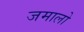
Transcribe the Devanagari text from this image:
जमालो